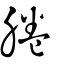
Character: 腃